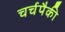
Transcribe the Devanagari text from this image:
चर्चपैकी